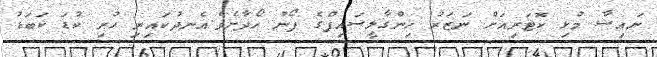
ނައިޝާ މުޅި ކޮޓަރިއަށް ނަޒަރު ހިންގާލީސައިފްގެ ފޯނު ހޯދާށެވެ.އެނދުކަައިރި ހުރި ކުޑަ ކަބަޑު